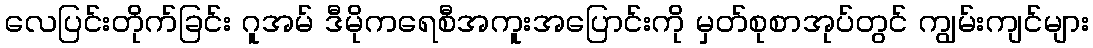
လေပြင်းတိုက်ခြင်း ဂူအမ် ဒီမိုကရေစီအကူးအပြောင်းကို မှတ်စုစာအုပ်တွင် ကျွမ်းကျင်များ